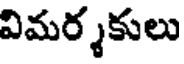
విమర్శకులు